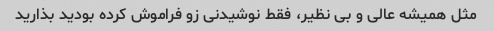
مثل همیشه عالی و بی نظیر، فقط نوشیدنی زو فراموش کرده بودید بذارید